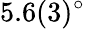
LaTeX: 5.6(3)^{\circ}